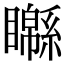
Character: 𥌣